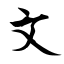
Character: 文